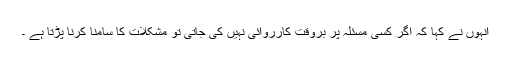
انہوں نے کہا کہ اگر کسی مسئلہ پر بروقت کارروائی نہیں کی جاتی تو مشکلات کا سامنا کرنا پڑتا ہے ۔